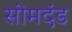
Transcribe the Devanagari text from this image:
सोमदंड